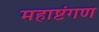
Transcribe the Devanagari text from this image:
महाष्टंगण